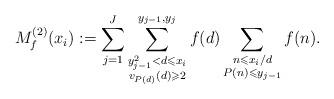
LaTeX: \begin{align*} M_f^{(2)}(x_i):= \sum_{j=1}^J \sum_{\substack{y_{j-1}^2 < d \leqslant x_i \\ v_{P(d)}(d) \geqslant 2}}^{y_{j-1},y_j} f(d) \sum_{\substack{ n\leqslant x_i/d\\ P(n) \leqslant y_{j-1}}} f(n).\end{align*}